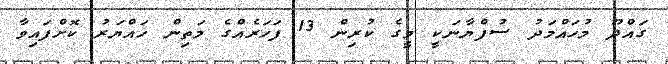
ގައްދޫ މުހައްމަދު ސުފްޔާނަކީ މީގެ ކުރިން 13 ފަހަރެއްގެ މަތިން ހައްޔަރު ކޮށްފައިވާ